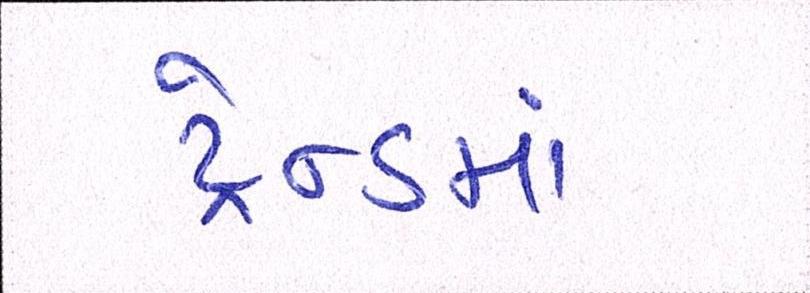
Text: ટ્રેન્ડમાં